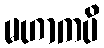
မဟာကပိ